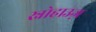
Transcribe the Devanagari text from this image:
स्नोहाउज़